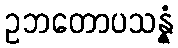
ဥဘတောပသန္နံ